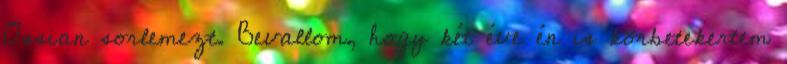
Ossian sorlemezt. Bevallom, hogy két éve én is körbetekertem